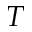
T